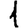
Digit: 1